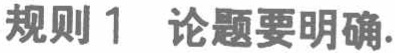
规则1  论题要明确.